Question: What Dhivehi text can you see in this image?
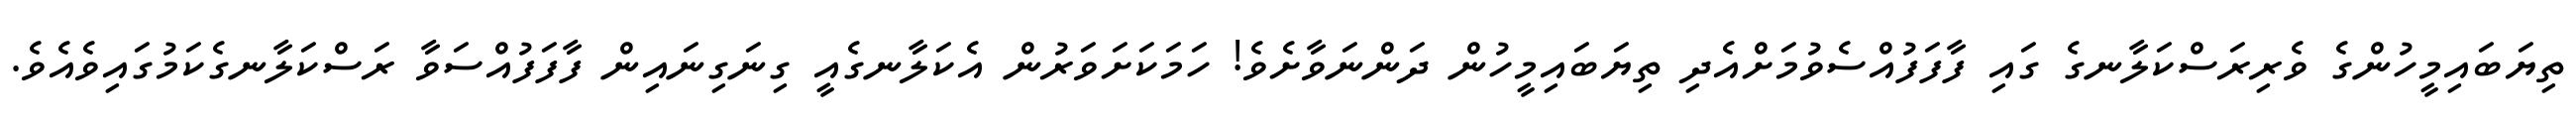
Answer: ތިޔަބައިމީހުންގެ ވެރިރަސްކަލާނގެ ގައި ފާފަފުއްސެވުމަށްއެދި ތިޔަބައިމީހުން ދަންނަވާށެވެ! ހަމަކަށަވަރުން އެކަލާނގެއީ ގިނަގިނައިން ފާފަފުއްސަވާ ރަސްކަލާނގެކަމުގައިވެއެވެ.